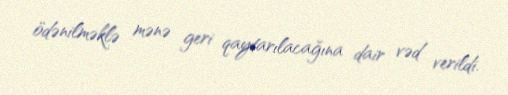
ödənilməklə mənə geri qaytarılacağına dair vəd verildi.